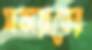
সাফায়াতের